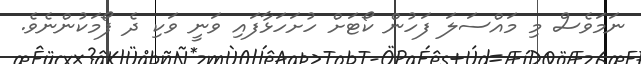
ނަމަވެސް މި މައްސަލަ ފަހުން ކޯޓަށް ހުށަހަޅާފައި ވަނީ ވަކި ދެ ފޯމަކުންނެވެ.